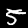
Label: 5